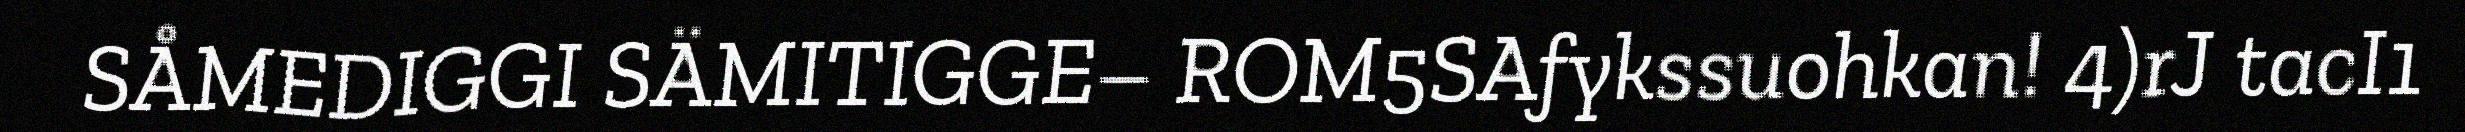
SÅMEDIGGI SÄMITIGGE– ROM5SAfykssuohkan! 4)rJ tacI1